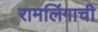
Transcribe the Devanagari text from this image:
रामलिंगाची